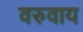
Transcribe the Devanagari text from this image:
वरुवाय